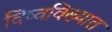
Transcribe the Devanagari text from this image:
विष्वविख्यात